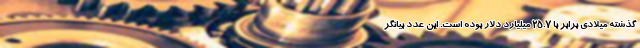
گذشته میلادی برابر با 25.7 میلیارد دلار بوده است. این عدد بیانگر